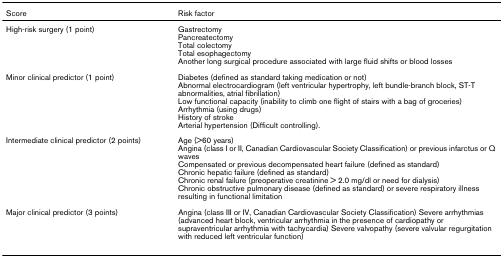
| Score | Risk factor |
 | --- | --- |
 | High-risk surgery (1 point) | GastrectomyPancreatectomyTotal colectomyTotal esophagectomyAnother long surgical procedure associated with large fluid shifts or blood losses |
 | Minor clinical predictor (1 point) | Diabetes (defined as standard taking medication or not)Abnormal electrocardiogram (left ventricular hypertrophy, left bundle-branch block, ST-T abnormalities, atrial fibrillation)Low functional capacity (inability to climb one flight of stairs with a bag of groceries)Arrhythmia (using drugs)History of strokeArterial hypertension (Difficult controlling). |
 | Intermediate clinical predictor (2 points) | Age (>60 years)Angina (class I or II, Canadian Cardiovascular Society Classification) or previous infarctus or Q wavesCompensated or previous decompensated heart failure (defined as standard)Chronic hepatic failure (defined as standard)Chronic renal failure (preoperative creatinine > 2.0 mg/dl or need for dialysis)Chronic obstructive pulmonary disease (defined as standard) or severe respiratory illness resulting in functional limitation |
 | Major clinical predictor (3 points) | Angina (class III or IV, Canadian Cardiovascular Society Classification) Severe arrhythmias (advanced heart block, ventricular arrhythmia in the presence of cardiopathy or supraventricular arrhythmia with tachycardia) Severe valvopathy (severe valvular regurgitation with reduced left ventricular function) |